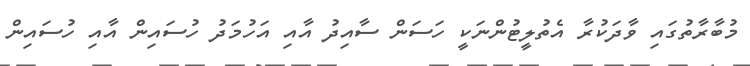
މުބާރާތުގައި ވާދަކުރާ އެތުލީޓުންނަކީ ހަސަން ސާއިދު އާއި އަހުމަދު ހުސައިން އާއި ހުސައިން